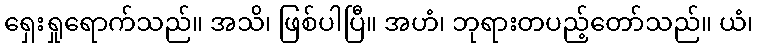
ရှေးရှုရောက်သည်။ အသိ၊ ဖြစ်ပါပြီ။ အဟံ၊ ဘုရားတပည့်တော်သည်။ ယံ၊